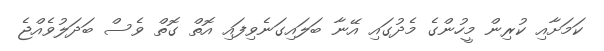
ކަމަށާއި ކުރިން މީހުންގެ މެދުގައި އޭނާ ބަލައިގަނެވިފައި އޮތް ގޮތް ވެސް ބަދަލުވެއްޖެ